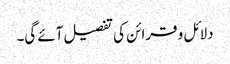
دلائل و قرائن کی تفصیل آئے گی۔